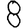
Digit: 8